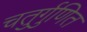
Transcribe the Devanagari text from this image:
चतुर्गुणित